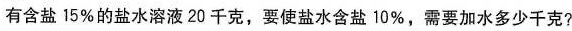
有含盐15%的盐水溶液20千克，要使盐水含盐10%，需要加水多少千克?